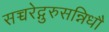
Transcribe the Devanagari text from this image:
सच्चरेद्गुरुसन्निधौ